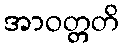
အာဝတ္တတိ